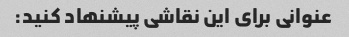
عنوانی برای این نقاشی پیشنهاد کنید: